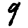
Digit: 9